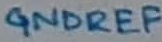
Text: GNDREF